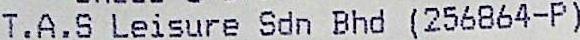
T.A.S LEISURE SDN BHD (256864-P)